system: You are a helpful assistant.
user:
Analyze the provided spectrum to determine if it is a **Carbon Star (C-type)**.

- **Key Visual Indicators of Carbon Star:**
    - **(Primary):** Strong molecular absorption from **C₂ (diatomic carbon) "Swan Bands."** This is the **defining feature** of a carbon star.
        - **(Key Bandheads):** Sharp absorption edges are visible at approximately $5635$ Å, $5165$ Å (the strongest band), and $4737$ Å.
        - **(Line Profile):** Creates a distinct **"saw-tooth"** pattern. The key morphology is a sharp, steep bandhead on the **red (long-wavelength) side**, which then gradually tapers off (i.e., flux recovers) towards the **blue (short-wavelength) side**. *(This is the direct opposite of the TiO bands seen in M-type stars)*.

    - **(Secondary):** Intense **CN (cyanogen)** molecular absorption bands.
        - **(Key Bandheads):** Located in the blue and violet regions of the spectrum (e.g., near $4215$ Å and $3883$ Å).
        - **(Morphology):** These bands are extremely broad and act as a "blanket," absorbing the vast majority of blue and violet light. This creates a characteristic **"cliff"** or **"steep drop-off"** in the spectrum's flux at short wavelengths.

    - **(Key Confirmation):** Strong **CH absorption band (G-band)**.
        - **(Key Bandhead):** Located around $4300$ Å. The contribution from CH molecules to this band is exceptionally strong.

    - **(Overall Spectrum):**
        - The continuum is severely "chopped up" by these deep molecular bands, especially C₂, rather than appearing as a smooth curve.
        - Due to the heavy CN and C₂ absorption in the blue-green, the vast majority of the star's flux is concentrated in the red part of the spectrum, giving the star its characteristic deep red color.

Think first, call **spectral_visualization_tool** if needed to examine features in detail, then provide your final answer. Your response must adhere to the following strict rules:
1.  **Overall Structure:** Your response must follow the format `<think>...</think> <tool_call>...</tool_call> (if a tool is used) <answer>...</answer>`.
2.  **Tool Usage Constraint:** You may only make **one** tool call per turn.
3.  **Final Answer Format:** In the `<answer>` tag, your conclusion must be inside a `\boxed{}` command (e.g., `\boxed{YES}`), followed by your justification.

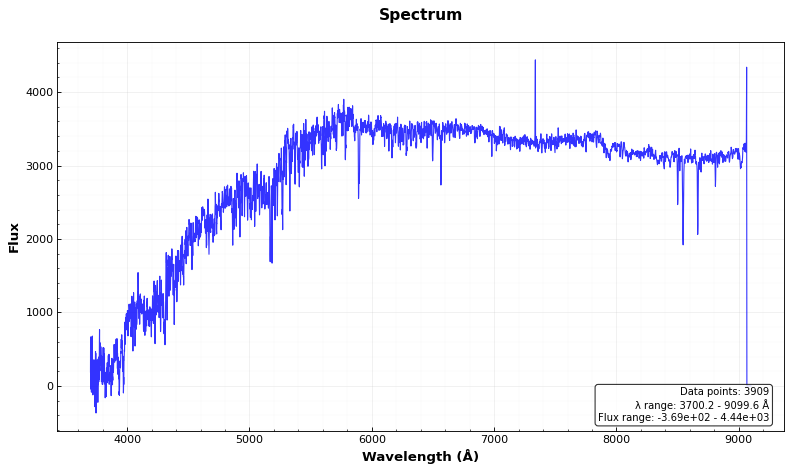
Answer: NO